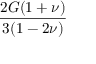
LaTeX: \frac { 2 G ( 1 + \nu ) } { 3 ( 1 - 2 \nu ) }